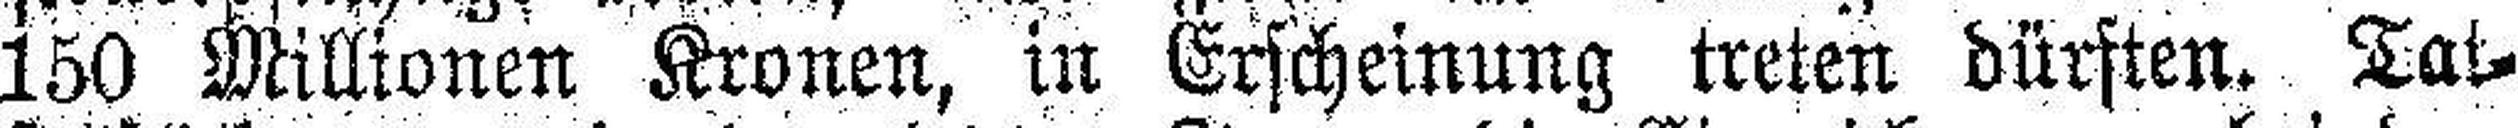
150 Millionen Kronen, in Erscheinung treten dürften. Tat¬